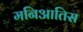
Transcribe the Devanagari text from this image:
मनिआतिस